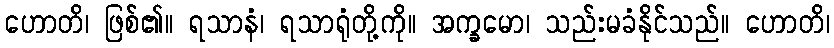
ဟောတိ၊ ဖြစ်၏။ ရသာနံ၊ ရသာရုံတို့ကို။ အက္ခမော၊ သည်းမခံနိုင်သည်။ ဟောတိ၊